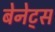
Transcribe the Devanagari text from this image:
बेनेट्स